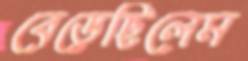
বেড়েছিলেম